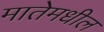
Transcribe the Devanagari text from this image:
मातेमधील